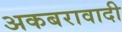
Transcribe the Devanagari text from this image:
अकबरावादी